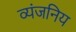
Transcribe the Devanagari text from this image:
व्यंजनिय